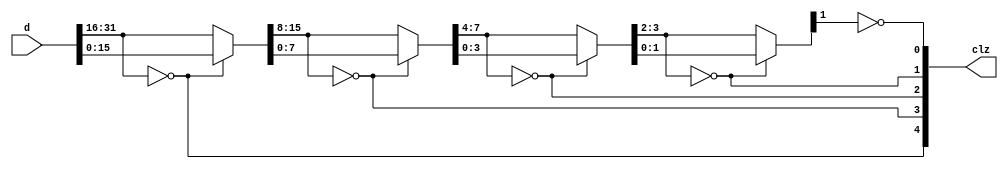
/*
 * Milkymist SoC
 * Copyright (C) 2007, 2008, 2009 Sebastien Bourdeauducq
 *
 * This program is free software: you can redistribute it and/or modify
 * it under the terms of the GNU General Public License as published by
 * the Free Software Foundation, version 3 of the License.
 *
 * This program is distributed in the hope that it will be useful,
 * but WITHOUT ANY WARRANTY; without even the implied warranty of
 * MERCHANTABILITY or FITNESS FOR A PARTICULAR PURPOSE.  See the
 * GNU General Public License for more details.
 *
 * You should have received a copy of the GNU General Public License
 * along with this program.  If not, see <http://www.gnu.org/licenses/>.
 */

/*
 * Inspired by the post by Ulf Samuelsson
 * http://www.velocityreviews.com/forums/t25846-p4-how-to-count-zeros-in-registers.html
 *
 * The idea is to use a divide-and-conquer approach to process a 2^N bit number.
 * We split the number in two equal halves of 2^(N-1) bits :
 *   MMMMLLLL
 * then, we check if MMMM is all 0's.
 * If it is,
 *      then the number of leading zeros is 2^(N-1) + CLZ(LLLL)
 * If it is not,
 *      then the number of leading zeros is CLZ(MMMM)
 * Recursion stops with CLZ(0)=1 and CLZ(1)=0.
 *
 * If the input is not all zeros, we never propagate a carry and
 * the additions can be replaced by OR's,
 * giving the result bit per bit.
 *
 * In this implementation, we assume that d[0] = 1, yielding the result 31
 * when the input is actually all 0's.
 */

module pfpu_clz32(
	input [31:0] d,
	output [4:0] clz
);

assign clz[4] = d[31:16] == 16'd0;
wire [15:0] d1 = clz[4] ? d[15:0] : d[31:16];

assign clz[3] = d1[15:8] == 8'd0;
wire [7:0] d2 = clz[3] ? d1[7:0] : d1[15:8];

assign clz[2] = d2[7:4] == 4'd0;
wire [3:0] d3 = clz[2] ? d2[3:0] : d2[7:4];

assign clz[1] = d3[3:2] == 2'd0;
wire [1:0] d4 = clz[1] ? d3[1:0] : d3[3:2];

assign clz[0] = d4[1] == 1'b0;

endmodule